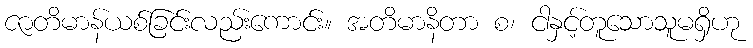
ဇာတိမာန်ယစ်ခြင်းလည်းကောင်း။ အတိမာနိတာ စ၊ ငါနှင့်တူသောသူမရှိဟု